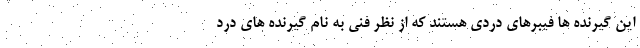
این گیرنده ها فیبرهای دردی هستند که از نظر فنی به نام گیرنده های درد